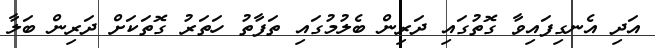
އަދި އެނގިފައިވާ ގޮތުގައި ދަރިން ބެލުމުގައި ތަފާތު ހަތަރު ގޮތަކަށް ދަރިން ބަލާ